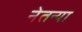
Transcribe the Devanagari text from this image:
नेतन्या